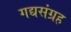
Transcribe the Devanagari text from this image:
गद्यसंग्रह